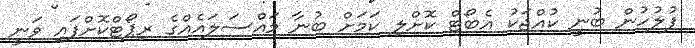
ފުލުހުން ބުނީ ކުއްޖަކު އެބޯޓް ކޮށްލި ކަމަށް ބުނާ މައްސަލައެއްގެ ރިޕޯޓްކޮށްފައި ވަނީ